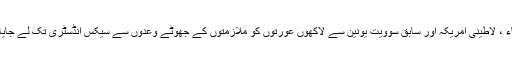
ایشیاء ، لاطینی امریکہ اور سابق سوویت یونین سے لاکھوں عورتوں کو ملازمتوں کے جھوٹے وعدوں سے سیکس انڈسٹری تک لے جایا گیا۔